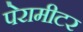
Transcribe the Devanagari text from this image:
पेरामीटर